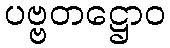
ပဗ္ဗတဋ္ဌောဝ